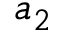
a _ { 2 }